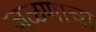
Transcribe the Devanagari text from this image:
जळणाचा